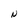
Character: N